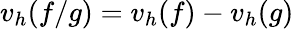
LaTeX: v_{h}(f/g)=v_{h}(f)-v_{h}(g)